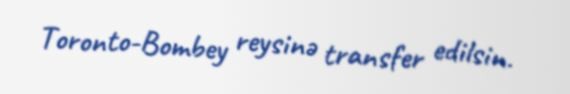
Toronto-Bombey reysinə transfer edilsin.